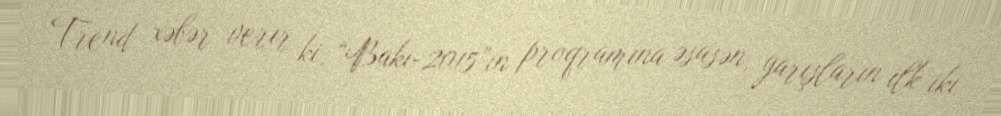
Trend xəbər verir ki, “Bakı-2015”in proqramına əsasən, yarışların ilk iki